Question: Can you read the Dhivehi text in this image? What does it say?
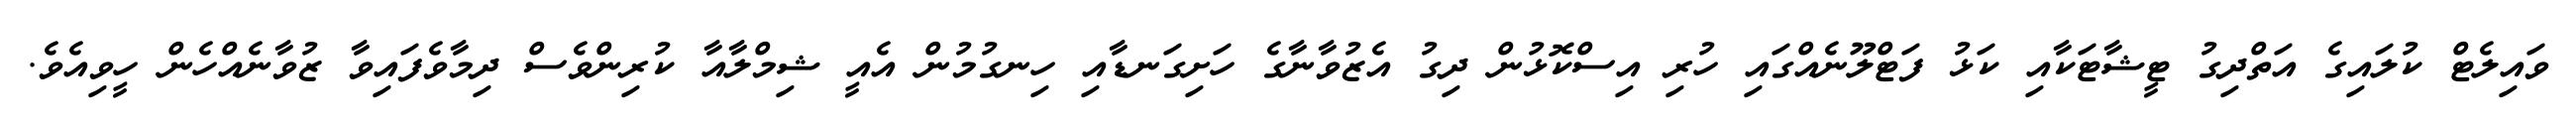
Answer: ވައިލެޓް ކުލައިގެ އަތްދިގު ޓީޝާޓަކާއި ކަޅު ފަޓްލޫނެއްގައި ހުރި އިސްކޮޅުން ދިގު އެޒުވާނާގެ ހަށިގަނޑާއި ހިނގުމުން އެއީ ޝިމްލާއާ ކުރިންވެސް ދިމާވެފައިވާ ޒުވާނެއްހެން ހީވިއެވެ.